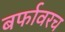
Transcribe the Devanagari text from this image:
बर्फावरच